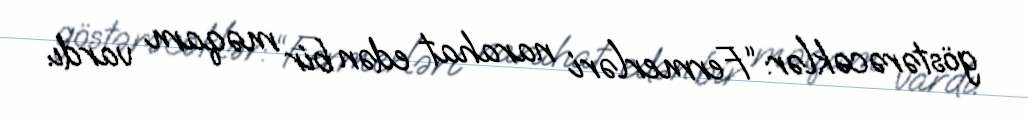
göstərəcəklər: “Fermerləri narahat edən bir məqam vardı.